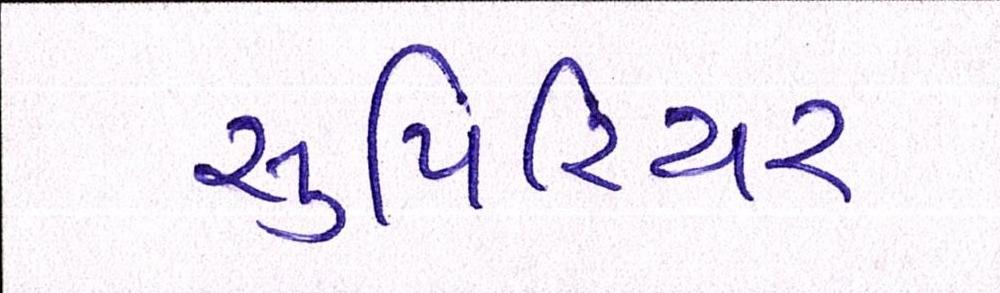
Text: સુપિરિયર